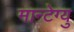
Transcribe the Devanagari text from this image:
मान्टेग्यु